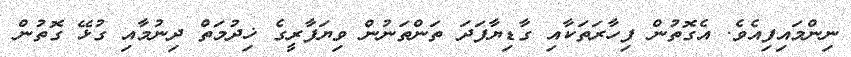
ނިންމައިފިއެވެ. އެގޮތުން ފިހާރަތަކާއި ގާޑިޔާފަދަ ތަންތަނުން ވިޔަފާރީގެ ޚިދުމަތް ދިނުމާއި ގުޅޭ ގޮތުން